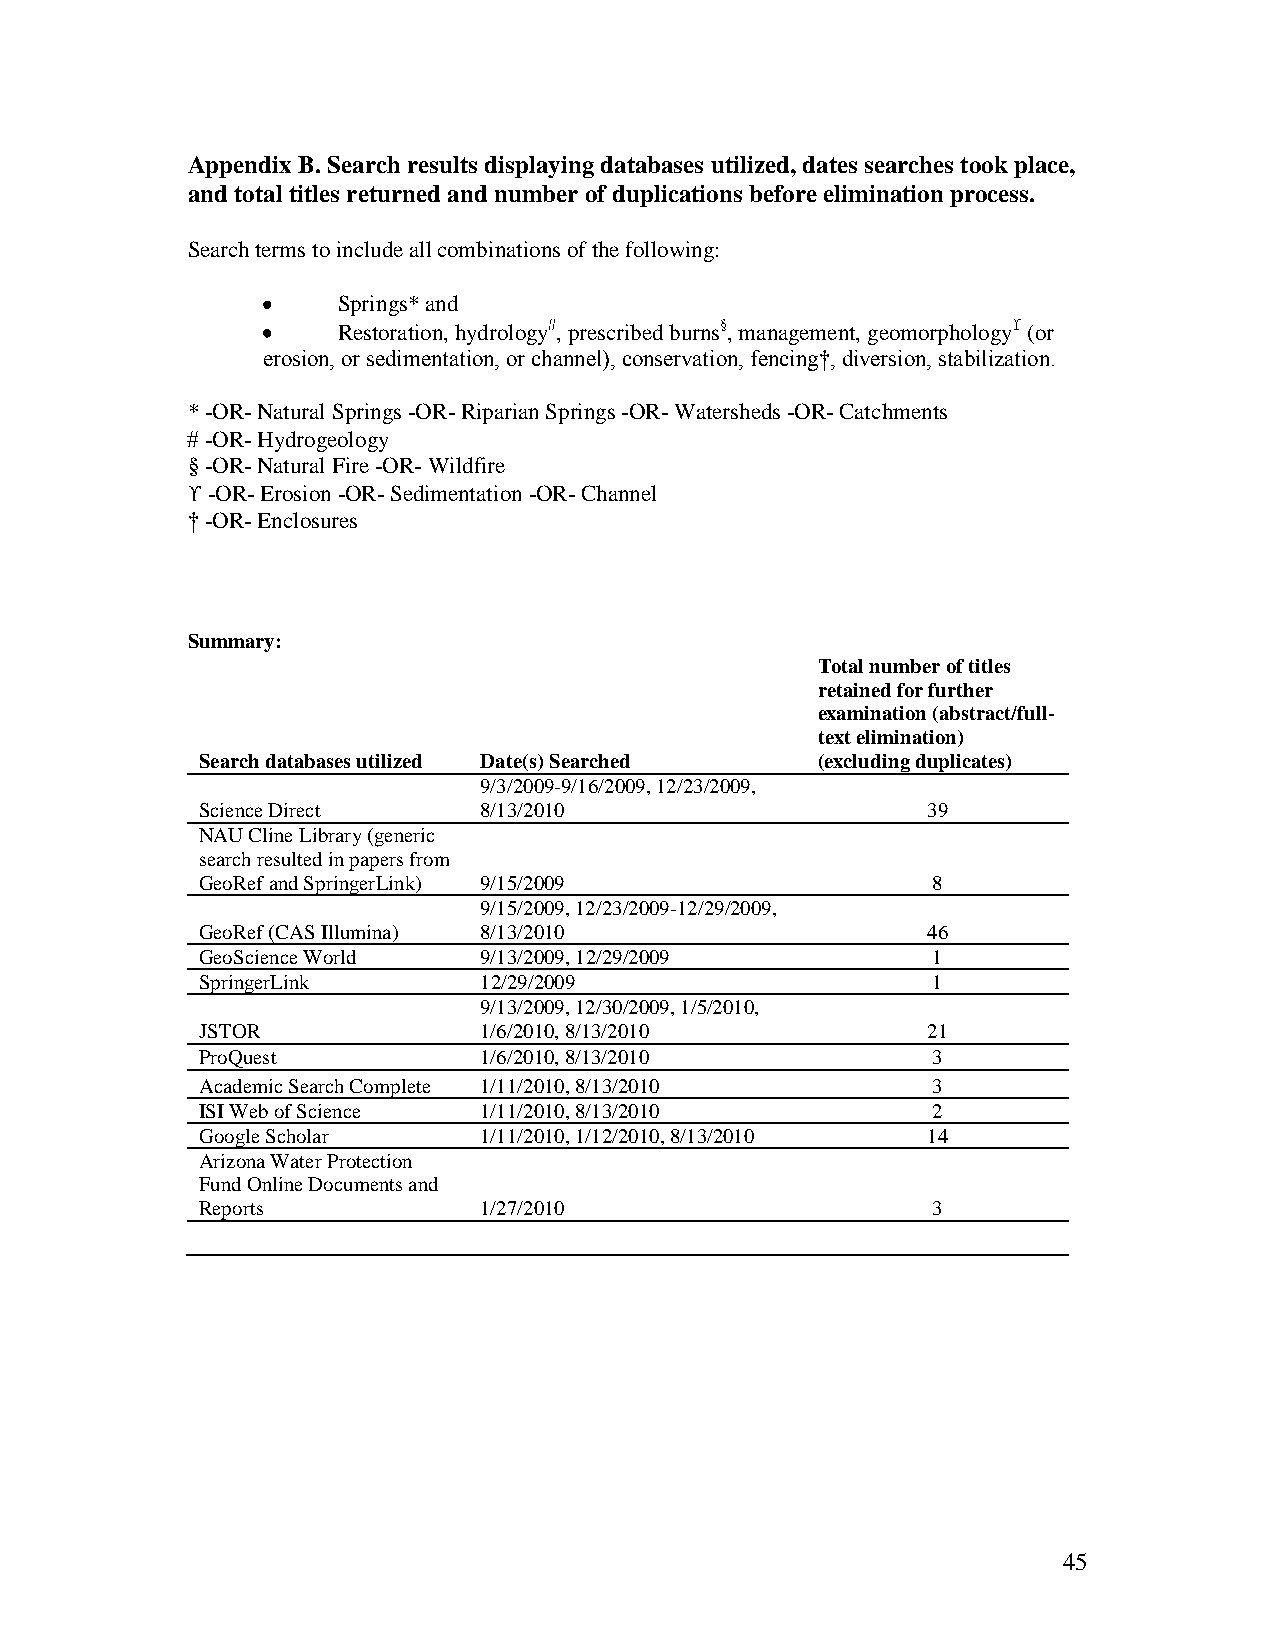
Appendix B. Search results displaying databases utilized, dates searches took place,
 and total titles returned and number of duplications before elimination process.
 Search terms to include all combinations of the following:
 Springs* and
 Restoration, hydrology , prescribed burns§, management, geomorphology (or
 erosion, or sedimentation, or channel), conservation, fencing†, diversion, stabilization.
 * -OR- Natural Springs -OR- Riparian Springs -OR- Watersheds -OR- Catchments
 -OR- Hydrogeology
 § -OR- Natural Fire -OR- Wildfire
 -OR- Erosion -OR- Sedimentation -OR- Channel
 † -OR- Enclosures
 Summary:
 Total number of titles
 retained for further
 examination (abstract/full-
 text elimination)
 Search databases utilized Date(s) Searched (excluding duplicates)
 9/3/2009-9/16/2009, 12/23/2009,
 Science Direct     8/13/2010                    39
 NAU Cline Library (generic
 search resulted in papers from
 GeoRef and SpringerLink) 9/15/2009               8
 9/15/2009, 12/23/2009-12/29/2009,
 GeoRef (CAS Illumina) 8/13/2010                 46
 GeoScience World   9/13/2009, 12/29/2009         1
 SpringerLink       12/29/2009                    1
 9/13/2009, 12/30/2009, 1/5/2010,
 JSTOR              1/6/2010, 8/13/2010          21
 ProQuest           1/6/2010, 8/13/2010           3
 Academic Search Complete 1/11/2010, 8/13/2010    3
 ISI Web of Science 1/11/2010, 8/13/2010          2
 Google Scholar     1/11/2010, 1/12/2010, 8/13/2010 14
 Arizona Water Protection
 Fund Online Documents and
 Reports            1/27/2010                     3
 45